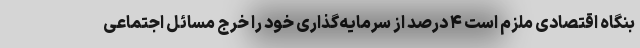
بنگاه اقتصادی ملزم است ۴ درصد از سرمایه‌گذاری خود را خرج مسائل اجتماعی